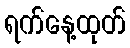
ရက်နေ့ထုတ်